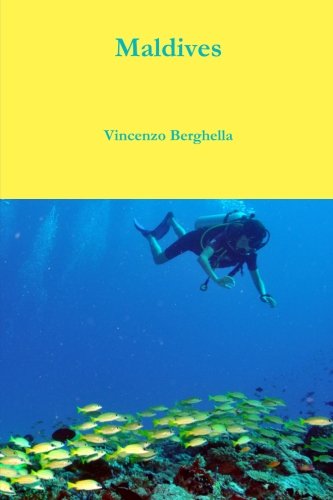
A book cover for Maldives; Vincenzo Berghella; Travel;